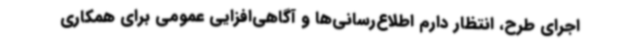
اجرای طرح، انتظار دارم اطلاع‌رسانی‌ها و آگاهی‌افزایی عمومی برای همکاری